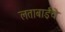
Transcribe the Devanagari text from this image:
लताबाईंचे